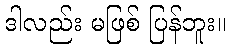
ဒါလည်း မဖြစ် ပြန်ဘူး။